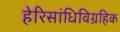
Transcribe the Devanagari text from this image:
हेरिसांधिविग्रहिक